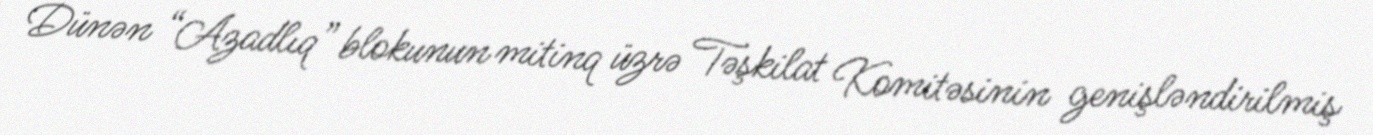
Dünən “Azadlıq” blokunun mitinq üzrə Təşkilat Komitəsinin genişləndirilmiş